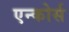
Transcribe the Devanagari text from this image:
एन्कोर्स